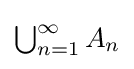
{\textstyle \bigcup _{n=1}^{\infty }A_{n}}